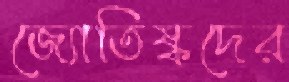
জ্যোতিষ্কদের